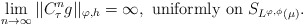
\begin{align*}\displaystyle\lim_{n\to \infty} ||C_{\tau}^{n}g||_{\varphi,h}=\infty,~\mbox{uniformly on}~S_{L^{\varphi,\phi}(\mu)}.\end{align*}